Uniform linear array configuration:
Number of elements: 12
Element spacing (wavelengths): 0.5
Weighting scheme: kaiser
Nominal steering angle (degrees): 45
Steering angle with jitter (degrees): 46.868
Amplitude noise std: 0.05
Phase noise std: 0.05

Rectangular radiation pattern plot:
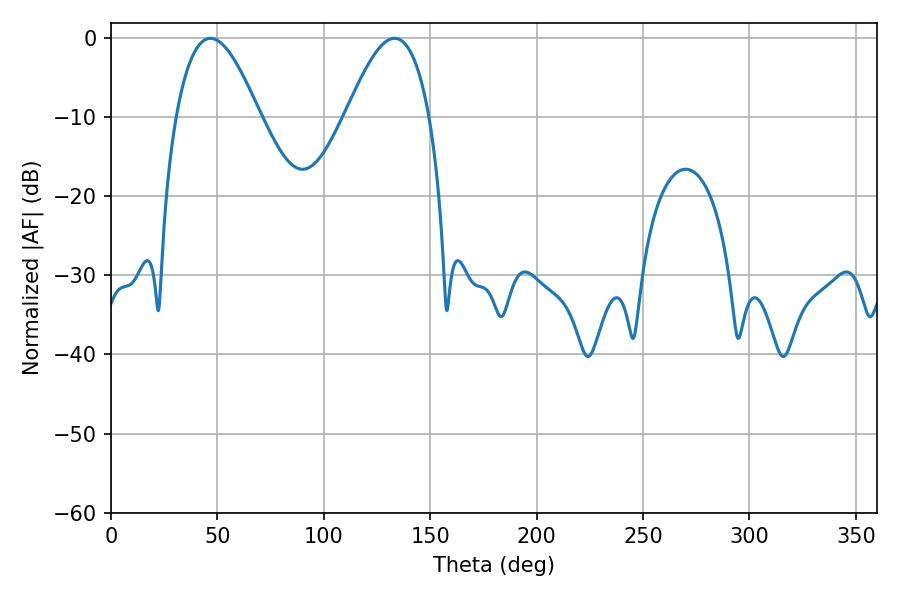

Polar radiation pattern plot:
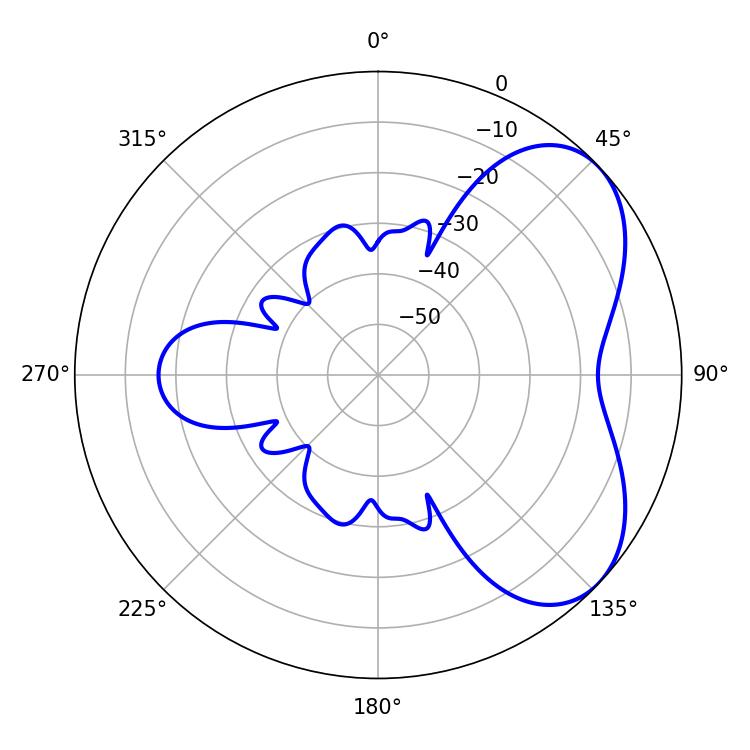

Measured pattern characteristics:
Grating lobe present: FALSE
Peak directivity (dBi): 5.194
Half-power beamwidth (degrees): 21.24
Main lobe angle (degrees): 46.8